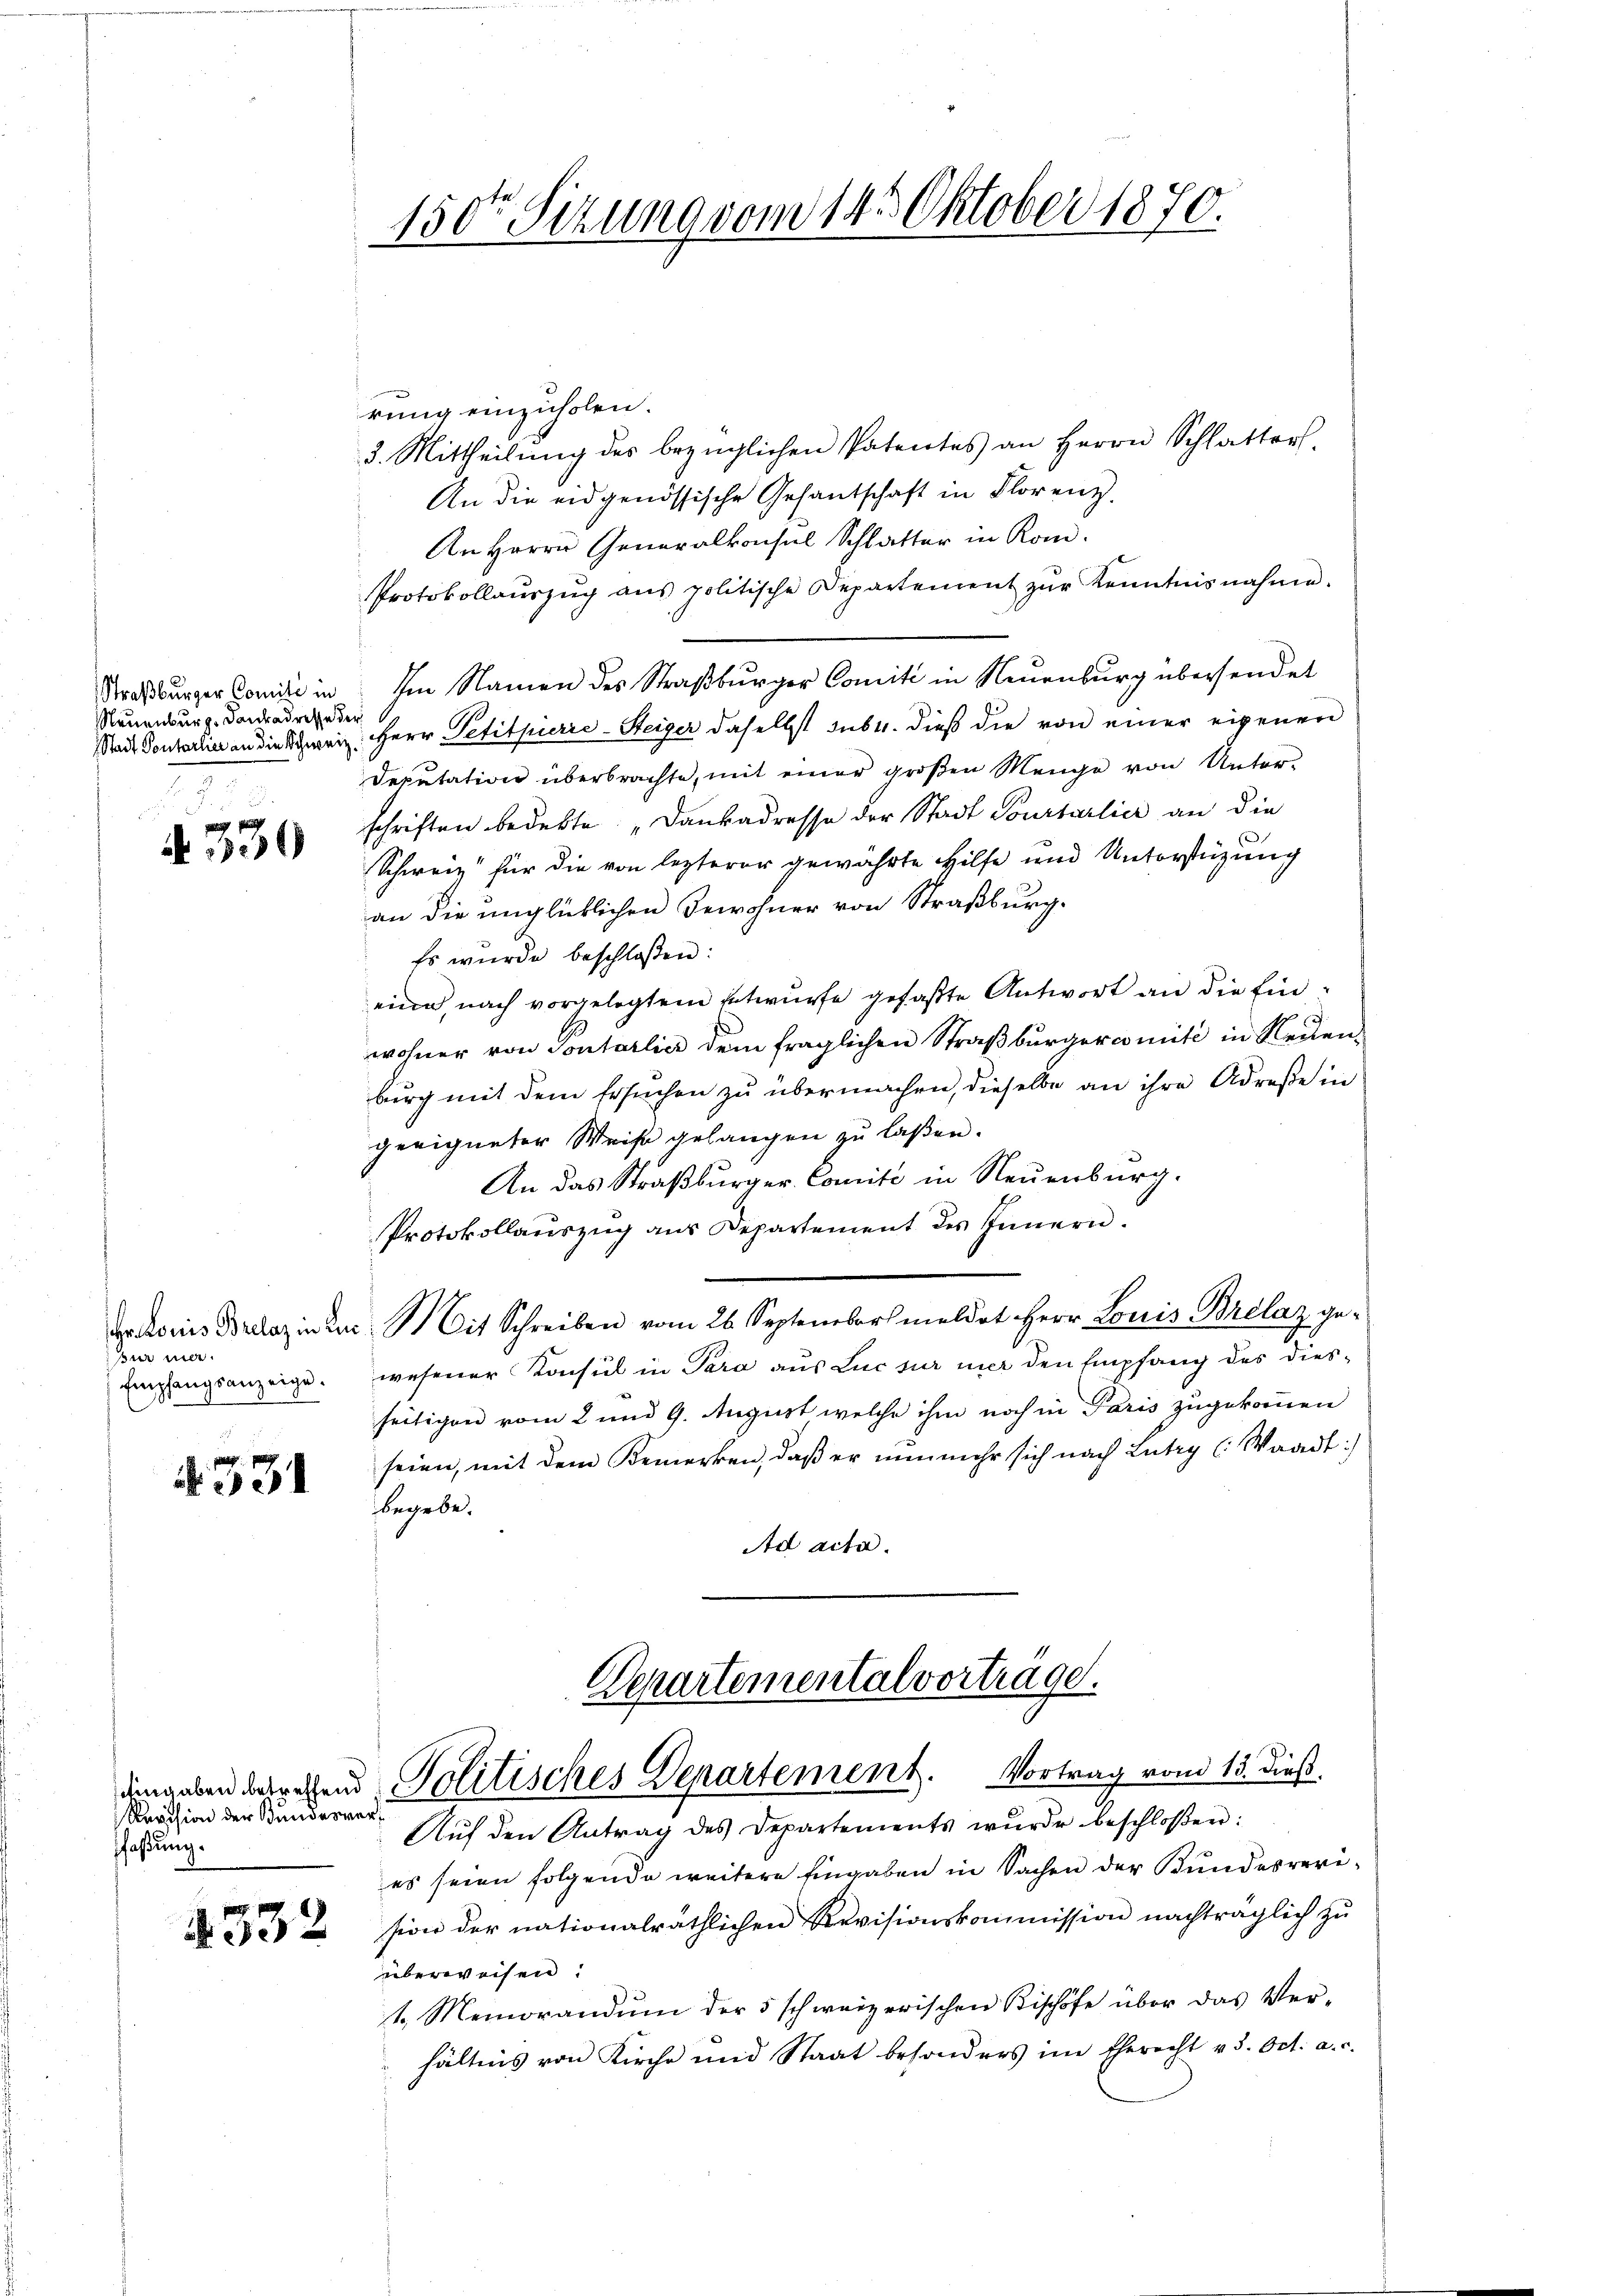
Neuenburg. Dankadresse der
2

A. 330

ur mir.
Empfangsanzeige.

A 331

Revision der Bundesverfaßung.

4332

150ten Sitzung vom 145 Oktober 1870.

rung einzuholen.
3. Mittheilŭng des bezüglichen Patentes an Herrn Schlatters
An die eidgenössische Gesantschaft in Florenz.
An Herrn Generalkonsul Schlatter in Kom¬
Protokollaŭszŭg aŭs politische Departement zŭr Kenntnisnahme.
Straßburger Comite in Im Namen des Straßburger Comité in Neuenburg übersendet
Stadt Ponterlin an die Schweiz. Herr Petitpierie-Steiger daselbst subr. dieß die von einer eigenen
Deputation überbrachte, mit einer groβen Menge von Unter-
schriften bedekte „Dankadresse der Stadt Courtarlier an die
.
Schweiz für die von lezterer gewährte Hilfe und Unterstüzung
an die unglücklichen Bewohner von Straßburg.
Es wurde beschloßen:
eine, nach vorgelegtem Entwurfe gefaßte Antwort an die Einwohner von Sontarlier dem fraglichen Straβbŭrgercomité in Neuen-
burg mit dem Ersuchen zu übermachen, dieselbe an ihre Adresse in
geeigneter Weise gelangen zu laßen.
An das Straßburger-Comité in Neuenburg.
Protokollauszug aus Departement des Innern.
datoriis Brelazin der Mit Schreiben vom 26. September meldet Herr Louis Brelaz ge-
wesener Konsul in Para aus Luc sur mir den Empfang des diesseitigen vom 2 und 9. August welche ihm noch in Paris zugekommen
seien, mit dem Bemerken, daß er nunmehr sich nach Lutry (Waadt:
begebe.
Ad acta.
Departementalvorträge.

umgebendesrechend Politisches Departement. Vortrag vom 13. dieß
Aŭf den Antrag des Departements wŭrde beschloßen:

es seien folgende weitere Eingaben in Sachen der Bundesrevision der nationalräthlichen Revisionskommission nachträglich zŭ
überweisen:
1. Memorandŭm der 5 schweizerischen Bischöfe über das Ver-
hältnis von Kirche und Staat besonders im Eherecht v. 3. Oct. a. c.